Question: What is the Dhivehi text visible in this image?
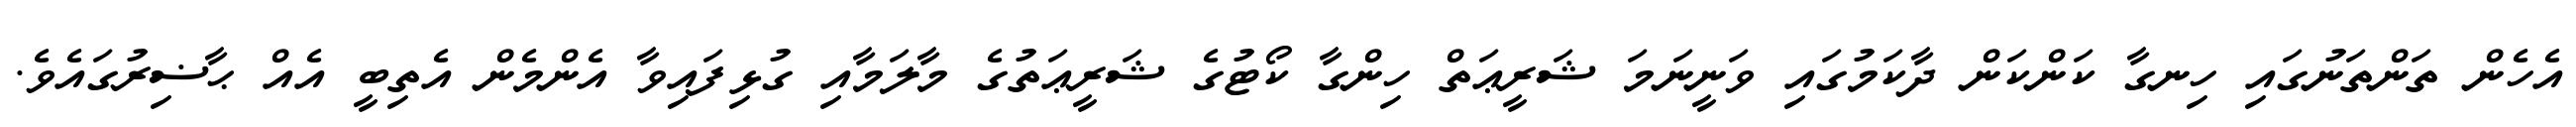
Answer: އެހެން ތަންތަނުގައި ހިނގާ ކަންކަން ދާކަމުގައި ވަނީނަމަ ޝަރީޢަތް ހިންގާ ކޯޓުގެ ޝަރީޢަތުގެ މާލަމާއި ގުޅިފައިވާ އެންމެން އެތިބީ އެއް ޙާޟިރުގައެވެ.